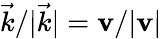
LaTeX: \vec{k}/|\vec{k}|=\mathbf{v}/|\mathbf{v}|